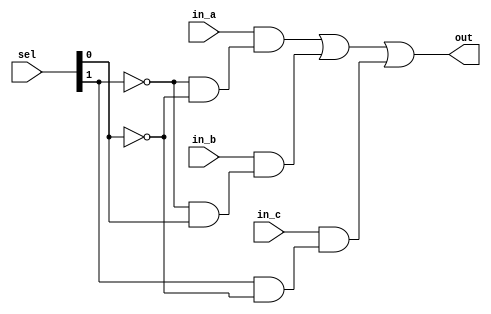
/***************************************************
 * Module: mux3x1_5bit
 * Project: core_lapido
 * Description: Multiplexador de trs entradas e uma
 * saida, com seletor em 00, 01 e 10.
 ***************************************************/

module mux3x1_5bit (
	input [4:0] in_a, //Primeira entrada de dados
	input [4:0] in_b, //Segunda entrada de dados
	input [4:0] in_c, //Terceira entrada de dados
	input [1:0] sel,  //Entrada do seletor

	output [4:0] out //Saida do multiplexador

);

assign out = in_a & (~sel[1] & ~sel[0]) |
			 in_b & (~sel[1] & sel[0]) |
			 in_c & ( sel[1] & ~sel[0]);

			 //Selecao de dados na ordem 00, 01, 10

endmodule